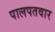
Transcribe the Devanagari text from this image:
पालपतवार